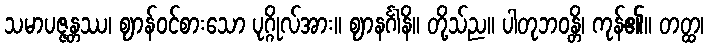
သမာပဇ္ဇန္တဿ၊ ဈာန်ဝင်စားသော ပုဂ္ဂိုလ်အား။ ဈာနင်္ဂါနိ။ တို့သ်ည။ ပါတုဘဝန္တိ၊ ကုန်၏။ တတ္ထ၊